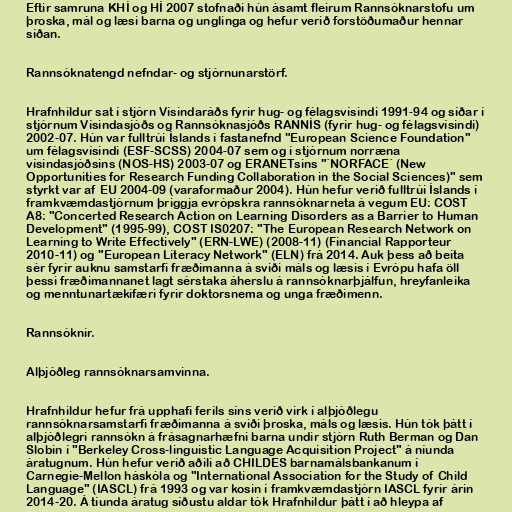
Eftir samruna KHÍ og HÍ 2007 stofnaði hún ásamt fleirum Rannsóknarstofu um
þroska, mál og læsi barna og unglinga og hefur verið forstöðumaður hennar
síðan.

Rannsóknatengd nefndar- og stjórnunarstörf.

Hrafnhildur sat í stjórn Vísindaráðs fyrir hug- og félagsvísindi 1991-94 og síðar í
stjórnum Vísindasjóðs og Rannsóknasjóðs RANNÍS (fyrir hug- og félagsvísindi)
2002-07. Hún var fulltrúi Íslands í fastanefnd "European Science Foundation"
um félagsvísindi (ESF-SCSS) 2004-07 sem og í stjórnum norræna
vísindasjóðsins (NOS-HS) 2003-07 og ERANETsins "´NORFACE´ (New
Opportunities for Research Funding Collaboration in the Social Sciences)" sem
styrkt var af EU 2004-09 (varaformaður 2004). Hún hefur verið fulltrúi Íslands í
framkvæmdastjórnum þriggja evrópskra rannsóknarneta á vegum EU: COST
A8: "Concerted Research Action on Learning Disorders as a Barrier to Human
Development" (1995-99), COST IS0207: "The European Research Network on
Learning to Write Effectively" (ERN-LWE) (2008-11) (Financial Rapporteur
2010-11) og "European Literacy Network" (ELN) frá 2014. Auk þess að beita
sér fyrir auknu samstarfi fræðimanna á sviði máls og læsis í Evrópu hafa öll
þessi fræðimannanet lagt sérstaka áherslu á rannsóknarþjálfun, hreyfanleika
og menntunartækifæri fyrir doktorsnema og unga fræðimenn.

Rannsóknir.

Alþjóðleg rannsóknarsamvinna.

Hrafnhildur hefur frá upphafi ferils síns verið virk í alþjóðlegu
rannsóknarsamstarfi fræðimanna á sviði þroska, máls og læsis. Hún tók þátt í
alþjóðlegri rannsókn á frásagnarhæfni barna undir stjórn Ruth Berman og Dan
Slobin í "Berkeley Cross-linguistic Language Acquisition Project" á níunda
áratugnum. Hún hefur verið aðili að CHILDES barnamálsbankanum í
Carnegie-Mellon háskóla og "International Association for the Study of Child
Language" (IASCL) frá 1993 og var kosin í framkvæmdastjórn IASCL fyrir árin
2014-20. Á tíunda áratug síðustu aldar tók Hrafnhildur þátt í að hleypa af